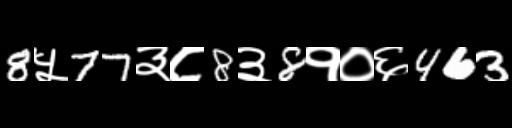
Text: 8५77३८8३8१०६463